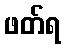
ဖတ်ရ